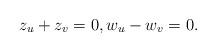
LaTeX: \begin{align*}z_u+z_v=0, w_u-w_v=0 .\end{align*}